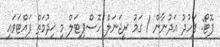
ފޮޓޯ: ފަހުދު އަދުނާން / ގަމު ރީޖަނަލް ހޮސްޕިޓަލް މި ޚިދުމަތް ފައްޓަވައި